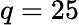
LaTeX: q=25